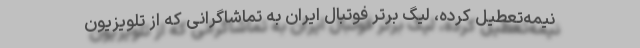
نیمه‌تعطیل کرده، لیگ برتر فوتبال ایران به تماشاگرانی که از تلویزیون